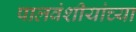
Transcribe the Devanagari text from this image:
पालवंशीयांच्या